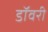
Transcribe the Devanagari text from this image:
डॉवरी